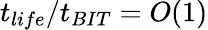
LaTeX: t_{life}/t_{BIT}=O(1)